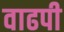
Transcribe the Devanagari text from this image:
वाढपी